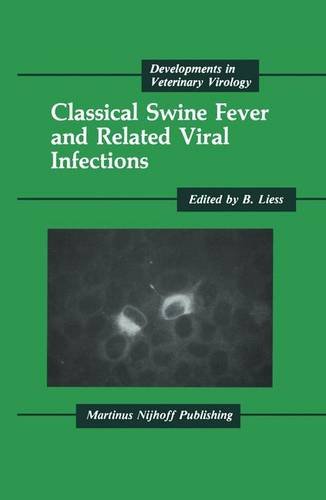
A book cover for Classical Swine Fever and Related Viral Infections (Developments in Veterinary Virology); Medical Books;